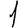
Digit: 1